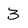
Character: 3